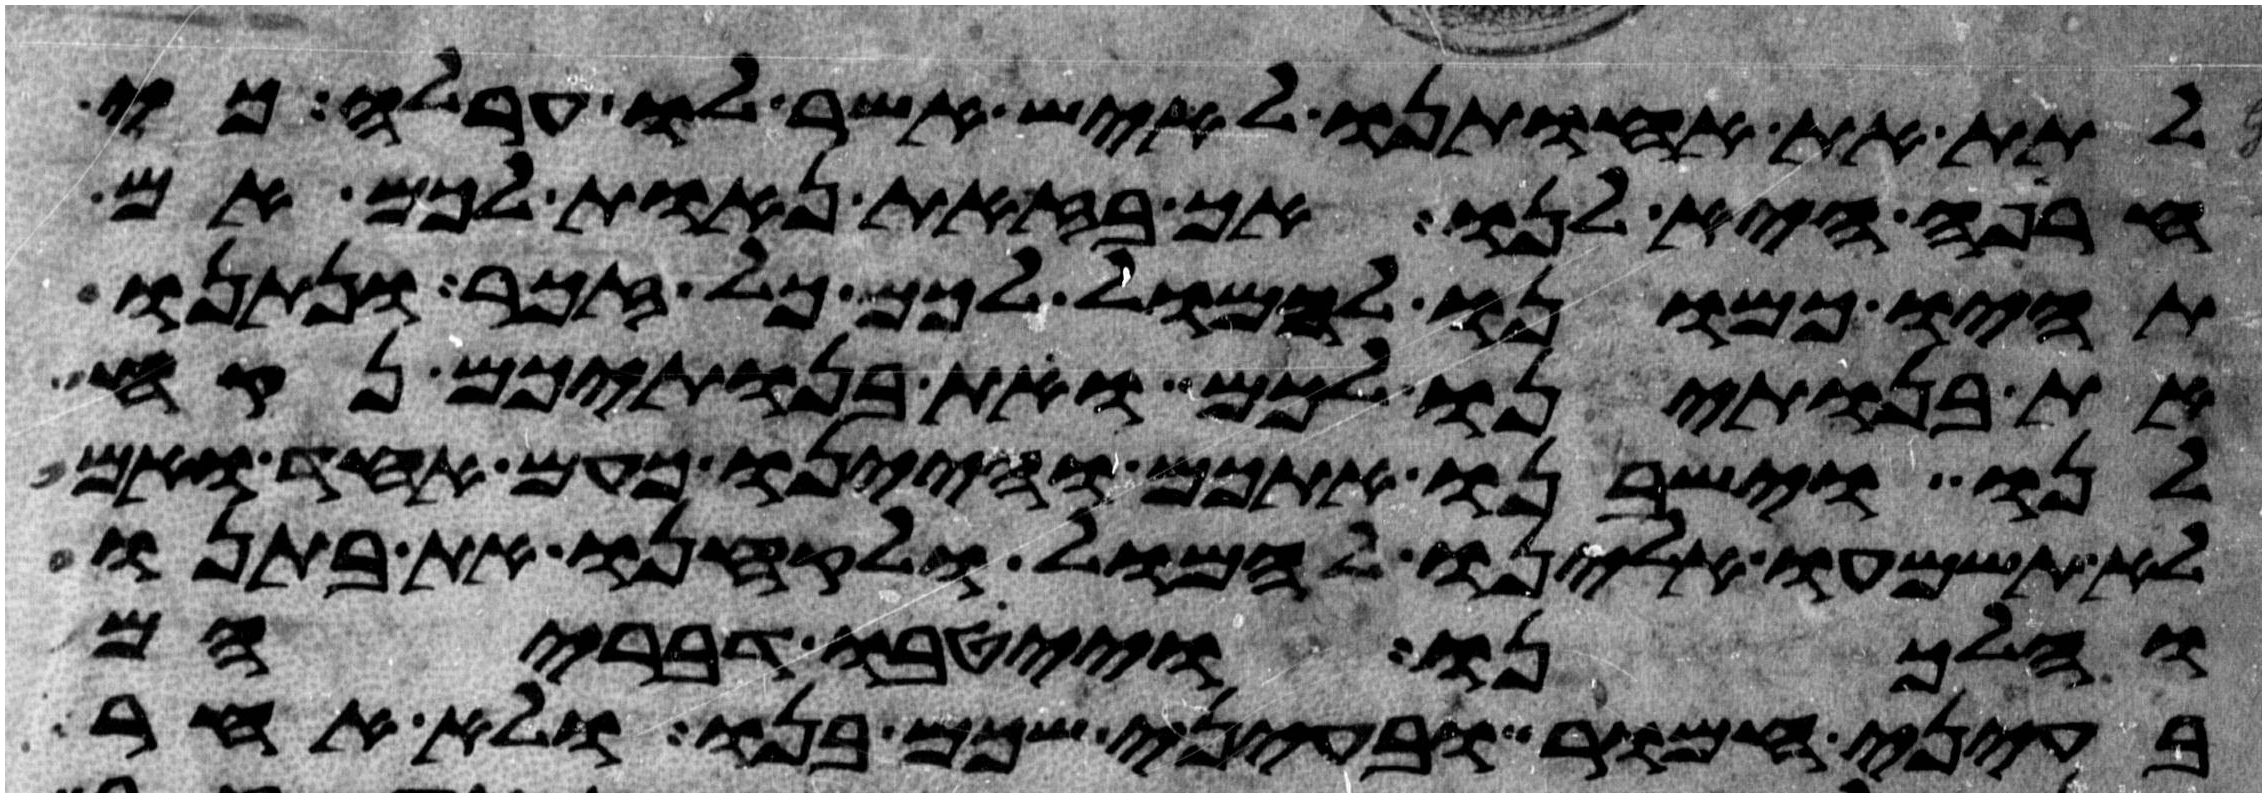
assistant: לתת את אחותנו לאיש אשר לו ערלה כי
חרפה היא לנו אך בזאת נאות לכם אם
תהיו כמונו להמול לכם כל זכר ונתנו
את בנתינו לכם ואת בנתיכם נקח
לנו וישבנו אתכם והיינו כעם אחד ואם
לא תשמעו אלינו להמול ולקחנו את בתנו
והלכנו וייטבו דבריהם
בעיני חמור ובעיני שכם בנו ולא אחר